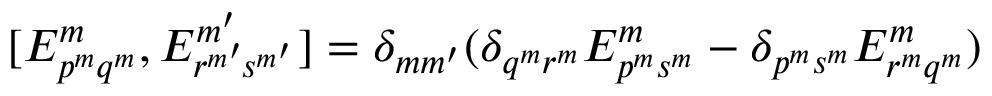
\begin{array} { r } { [ E _ { { p } ^ { m } { q } ^ { m } } ^ { m } , E _ { { r } ^ { m ^ { \smash { \prime } } } \! { s } ^ { m ^ { \smash { \prime } } } } ^ { m ^ { \prime } } ] = \delta _ { m m ^ { \prime } } ( \delta _ { q ^ { m } r ^ { m } } E _ { { p } ^ { m } { s } ^ { m } } ^ { m } - \delta _ { p ^ { m } s ^ { m } } E _ { { r } ^ { m } { q } ^ { m } } ^ { m } ) } \end{array}